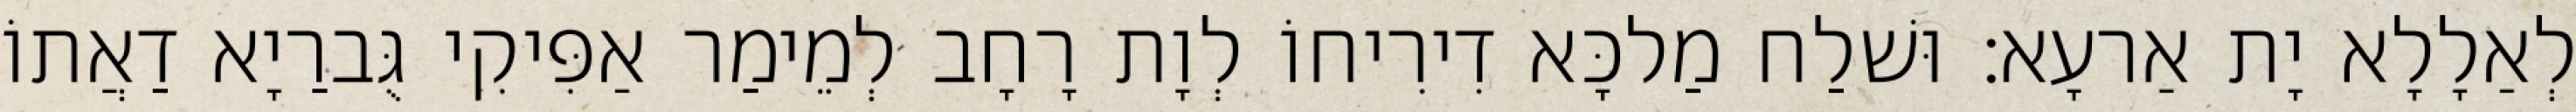
לְאַלָלָא יָת אַרעָא׃ וּשׁלַח מַלכָּא דִירִיחוֹ לְוָת רָחָב לְמֵימַר אַפִּיקִי גֻּברַיָא דַאֲתוֹ